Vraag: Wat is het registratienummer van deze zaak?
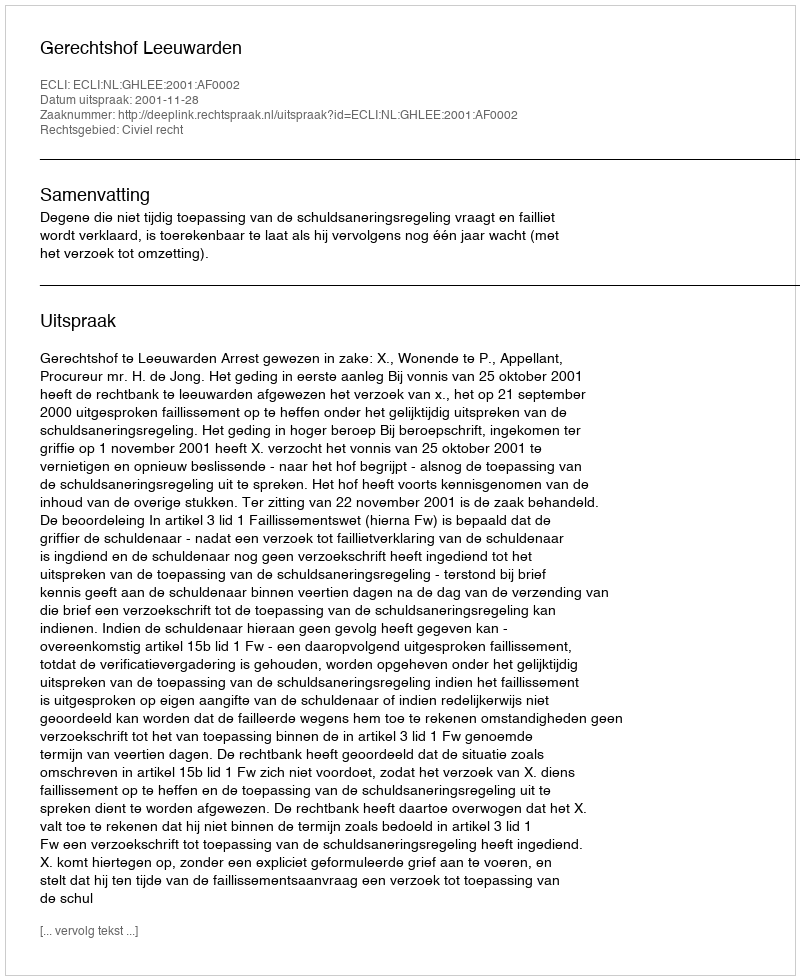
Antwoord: http://deeplink.rechtspraak.nl/uitspraak?id=ECLI:NL:GHLEE:2001:AF0002